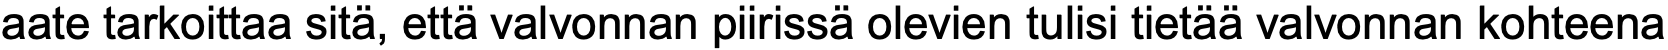
aate tarkoittaa sitä, että valvonnan piirissä olevien tulisi tietää valvonnan kohteena